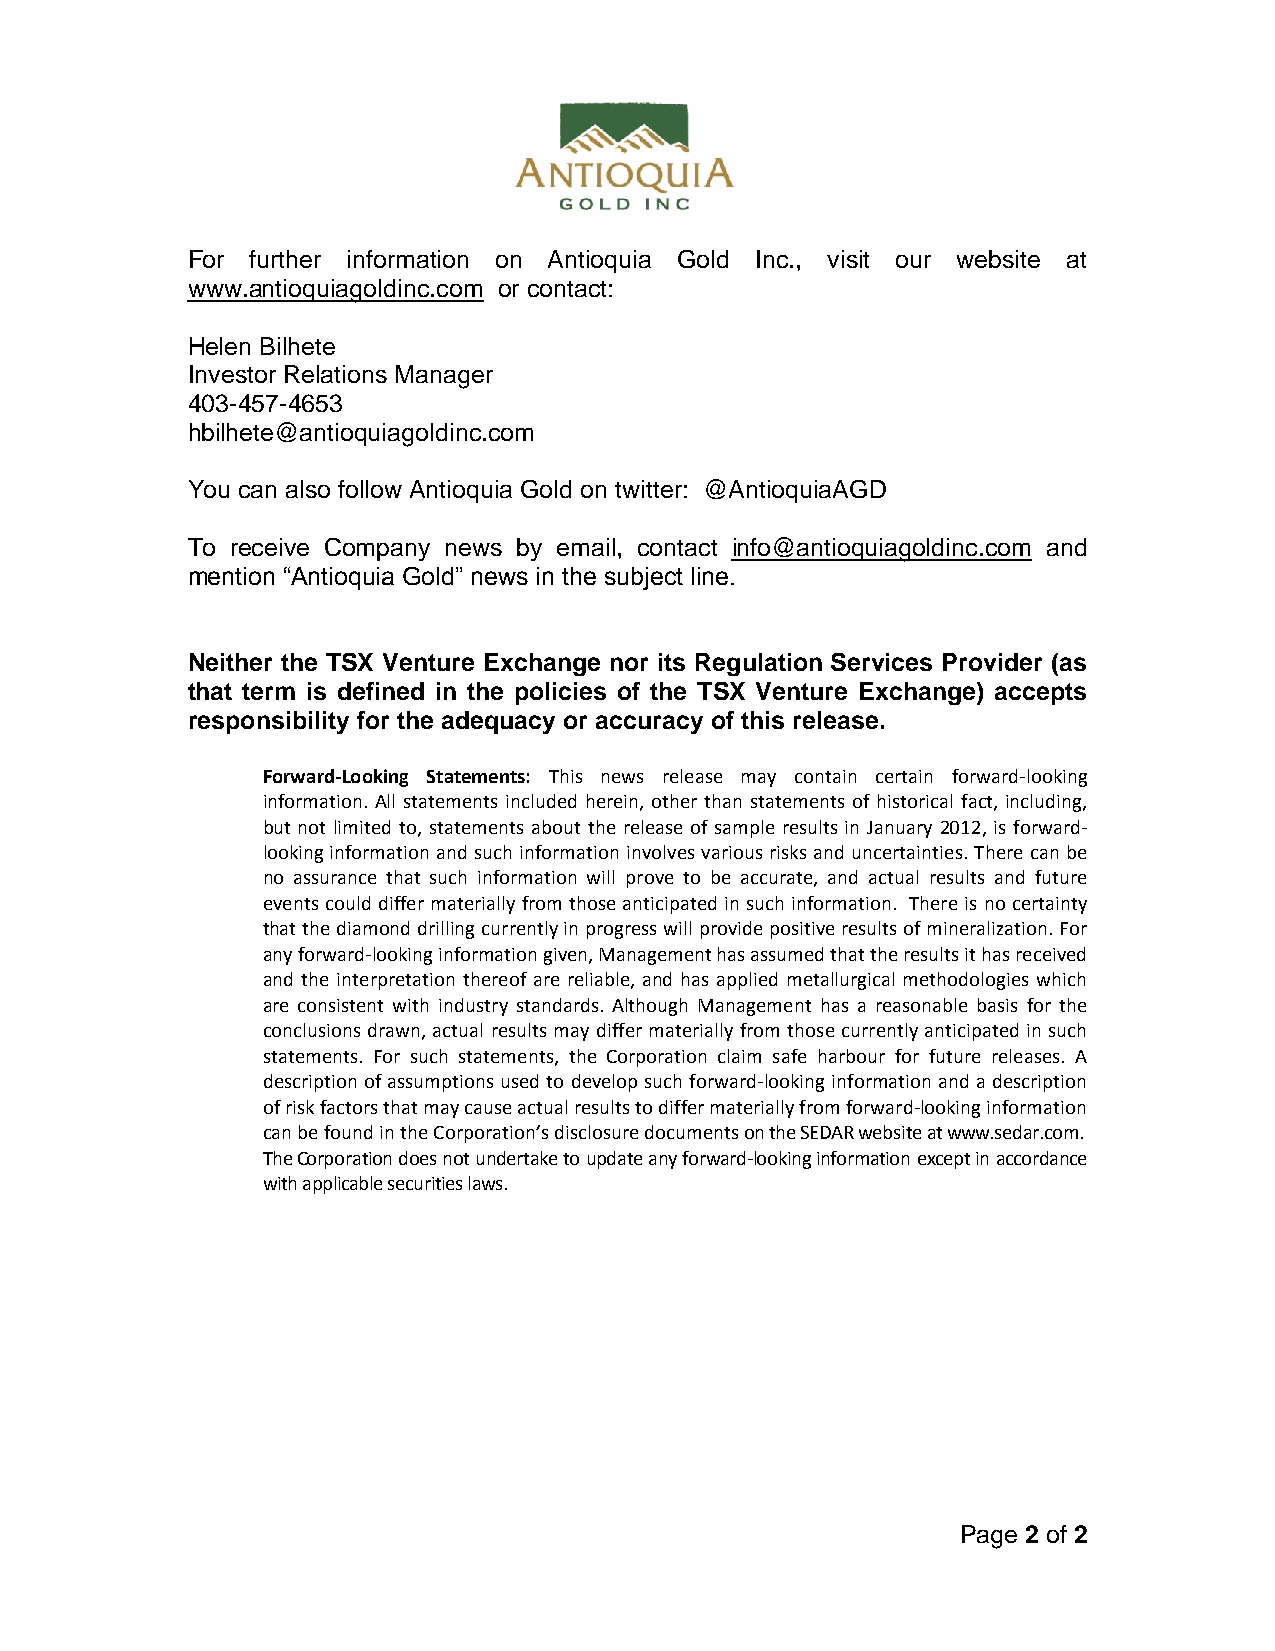
For  further information on Antioquia Gold Inc., visit our website at
 www.antioquiagoldinc.com or contact:
 Helen Bilhete
 Investor Relations Manager
 403-457-4653
 hbilhete@antioquiagoldinc.com
 You can also follow Antioquia Gold on twitter: @AntioquiaAGD
 To receive Company news by email, contact info@antioquiagoldinc.com and
 mention “Antioquia Gold” news in the subject line.
 Neither the TSX Venture Exchange nor its Regulation Services Provider (as
 that term is defined in the policies of the TSX Venture Exchange) accepts
 responsibility for the adequacy or accuracy of this release.
 Forward-Looking Statements: This news release may contain certain forward-looking
 information. All statements included herein, other than statements of historical fact, including,
 but not limited to, statements about the release of sample results in January 2012, is forward-
 looking information and such information involves various risks and uncertainties. There can be
 no assurance that such information will prove to be accurate, and actual results and future
 events could differ materially from those anticipated in such information. There is no certainty
 that the diamond drilling currently in progress will provide positive results of mineralization. For
 any forward-looking information given, Management has assumed that the results it has received
 and the interpretation thereof are reliable, and has applied metallurgical methodologies which
 are consistent with industry standards. Although Management has a reasonable basis for the
 conclusions drawn, actual results may differ materially from those currently anticipated in such
 statements. For such statements, the Corporation claim safe harbour for future releases. A
 description of assumptions used to develop such forward-looking information and a description
 of risk factors that may cause actual results to differ materially from forward-looking information
 can be found in the Corporation’s disclosure documents on the SEDAR website at www.sedar.com.
 The Corporation does not undertake to update any forward-looking information except in accordance
 with applicable securities laws.
 Page 2 of 2